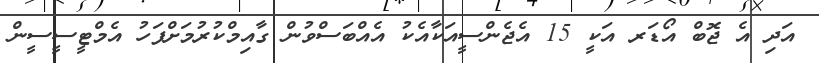
އަދި އެ ޖޮބް އޯޑަރ އަކީ 15 އެޖެންސީއަކާއެކު އެއްބަސްވުން ގާއިމްކުރުމަށްފަހު އެމްޓީސީސީން